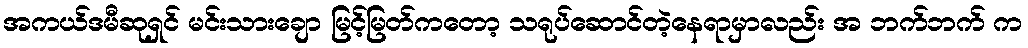
အကယ်ဒမီဆုရှင် မင်းသားချော မြင့်မြတ်ကတော့ သရုပ်ဆောင်တဲ့နေရာမှာလည်း အ ဘက်ဘက် က